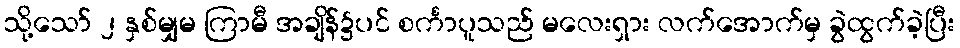
သို့သော် ၂ နှစ်မျှမ ကြာမီ အချိန်၌ပင် စင်္ကာပူသည် မလေးရှား လက်အောက်မှ ခွဲထွက်ခဲ့ပြီး